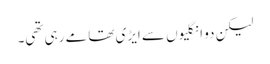
لیکن دو انگلیوں سے ایڑی تھامے رہی تھی۔